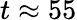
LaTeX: t\approx 55